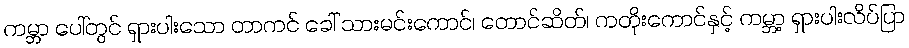
ကမ္ဘာ ပေါ်တွင် ရှားပါးသော တာကင် ခေါ် သားမင်းကောင်၊ တောင်ဆိတ်၊ ကတိုးကောင်နှင့် ကမ္ဘာ့ ရှားပါးလိပ်ပြာ